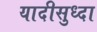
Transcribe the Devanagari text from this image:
यादीसुध्दा